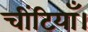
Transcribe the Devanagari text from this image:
चींटियाँ।